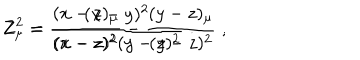
Z _ { \mu } = \frac { ( x - z ) _ { \mu } } { ( x - z ) ^ { 2 } } - \frac { ( y - z ) _ { \mu } } { ( y - z ) ^ { 2 } } \; \mathrm { , } \hspace { 0 . 8 c m } Z ^ { 2 } = \frac { ( x - y ) ^ { 2 } } { ( x - z ) ^ { 2 } ( y - z ) ^ { 2 } } \; \mathrm { . }